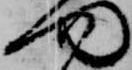
門